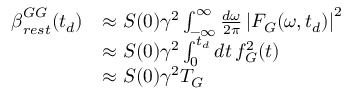
\begin{array} { r l } { \boldsymbol { \beta } _ { r e s t } ^ { G G } ( t _ { d } ) } & { \approx \boldsymbol { S } ( 0 ) \gamma ^ { 2 } \int _ { \mathbb { - \infty } } ^ { \infty } \frac { d \omega } { 2 \pi } \left| F _ { G } ( \omega , t _ { d } ) \right| ^ { 2 } } \\ & { \approx \boldsymbol { S } ( 0 ) \gamma ^ { 2 } \int _ { 0 } ^ { t _ { d } } d t \, f _ { G } ^ { 2 } ( t ) } \\ & { \approx \boldsymbol { S } ( 0 ) \gamma ^ { 2 } T _ { G } } \end{array}